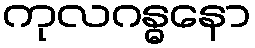
ကုလဂန္ဓနော